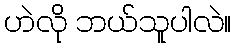
ဟဲလို ဘယ်သူပါလဲ။